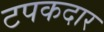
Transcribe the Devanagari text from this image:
टपकदार